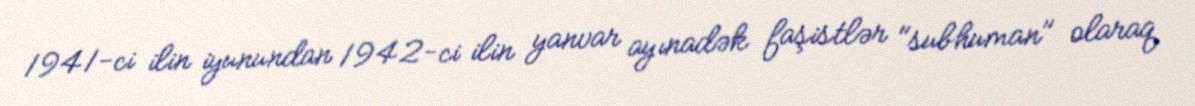
1941-ci ilin iyunundan 1942-ci ilin yanvar ayınadək faşistlər "subhuman" olaraq